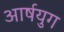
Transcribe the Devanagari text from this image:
आर्षयुग